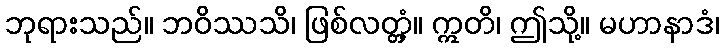
ဘုရားသည်။ ဘဝိဿသိ၊ ဖြစ်လတ္တံ့။ ဣတိ၊ ဤသို့။ မဟာနာဒံ၊